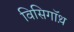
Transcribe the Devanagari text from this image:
विसिगॉथ़